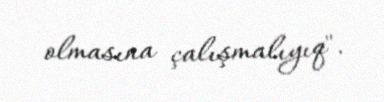
olmasına çalışmalıyıq".